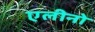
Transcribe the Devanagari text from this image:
एलीनो